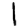
Digit: 1